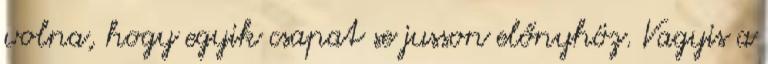
volna, hogy egyik csapat se jusson előnyhöz. Vagyis a